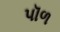
પૉળ